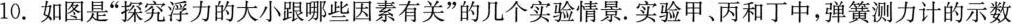
10.如图是”探究浮力的大小跟哪些因素有关”的几个实验情景。实验甲、丙和丁中，弹簧测力计的示数